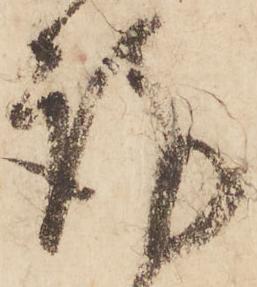
謹